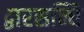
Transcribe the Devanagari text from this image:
द्वारसन्धि